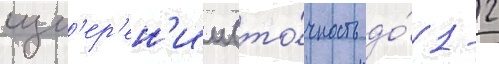
изм'ер'ен'ии (то́чность до́ 1-2